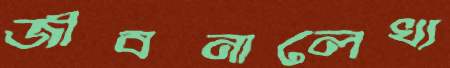
জীবনালেখ্য